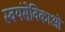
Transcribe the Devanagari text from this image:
स्वयंसेविकाओं